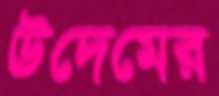
উদেমের